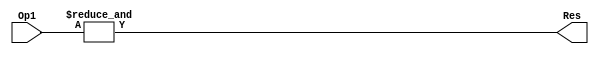
/*
-------------------------------------------------------------------------------
-- $Id: util_vector_logic.v 2.0 2017/01/01 
-------------------------------------------------------------------------------
--
-------------------------------------------------------------------------------
-- $Id: util_reduced_logic.v,v 1.1 2017/01/20 04:45:40 abq_ip Exp $
-------------------------------------------------------------------------------
-- util_reduced_logic.v - Entity and architecture
--
--  ***************************************************************************
--  **  Copyright(C) 2017 by Xilinx, Inc. All rights reserved.               **
--  **                                                                       **
--  **  This text contains proprietary, confidential                         **
--  **  information of Xilinx, Inc. , is distributed by                      **
--  **  under license from Xilinx, Inc., and may be used,                    **
--  **  copied and/or disclosed only pursuant to the terms                   **
--  **  of a valid license agreement with Xilinx, Inc.                       **
--  **                                                                       **
--  **  Unmodified source code is guaranteed to place and route,             **
--  **  function and run at speed according to the datasheet                 **
--  **  specification. Source code is provided "as-is", with no              **
--  **  obligation on the part of Xilinx to provide support.                 **
--  **                                                                       **
--  **  Xilinx Hotline support of source code IP shall only include          **
--  **  standard level Xilinx Hotline support, and will only address         **
--  **  issues and questions related to the standard released Netlist        **
--  **  version of the core (and thus indirectly, the original core source). **
--  **                                                                       **
--  **  The Xilinx Support Hotline does not have access to source            **
--  **  code and therefore cannot answer specific questions related          **
--  **  to source HDL. The Xilinx Support Hotline will only be able          **
--  **  to confirm the problem in the Netlist version of the core.           **
--  **                                                                       **
--  **  This copyright and support notice must be retained as part           **
--  **  of this text at all times.                                           **
--  ***************************************************************************
--
-------------------------------------------------------------------------------
-- Filename:        util_reduced_logic.v
-- Description:     
-------------------------------------------------------------------------------
-- Structure:   
--              util_reduced_logic.v
--
-------------------------------------------------------------------------------
-- Author:          legba
-- Revision:        $Revision: 2.0 $
-- Date:            $Date: 2017/01/20 04:45:40 $
--
-------------------------------------------------------------------------------
-- Naming Conventions:
--      active low signals:                     "*_n"
--      clock signals:                          "clk", "clk_div#", "clk_#x" 
--      reset signals:                          "rst", "rst_n" 
--      generics:                               "C_*" 
--      user defined types:                     "*_TYPE" 
--      state machine next state:               "*_ns" 
--      state machine current state:            "*_cs" 
--      combinatorial signals:                  "*_com" 
--      pipelined or register delay signals:    "*_d#" 
--      counter signals:                        "*cnt*"
--      clock enable signals:                   "*_ce" 
--      internal version of output port         "*_i"
--      device pins:                            "*_pin" 
--      ports:                                  - Names begin with Uppercase 
--      processes:                              "*_PROCESS" 
--      component instantiations:               "<ENTITY_>I_<#|FUNC>
-------------------------------------------------------------------------------
*/

`timescale 1ps/1ps
module util_reduced_logic_v2_0_4_util_reduced_logic (Op1,Res);
 
parameter 	  C_OPERATION = "and";
parameter integer C_SIZE = 8;
input   [(C_SIZE - 1):0] Op1; 
output  reg              Res; 

always @(Op1) begin
  if (C_OPERATION ==  "or") Res=|Op1;  
  if (C_OPERATION == "xor") Res=^Op1;  
  if (C_OPERATION == "and") Res=&Op1;  
end
endmodule // module util_reduced_logic